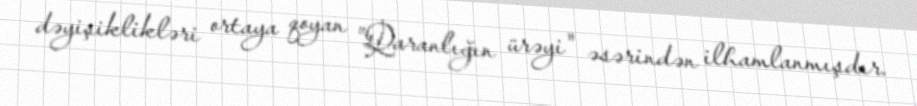
dəyişiklikləri ortaya qoyan "Qaranlığın ürəyi" əsərindən ilhamlanmışdır.